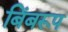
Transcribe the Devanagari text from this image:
बिंबरूप